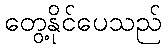
တွေ့နိုင်ပေသည်